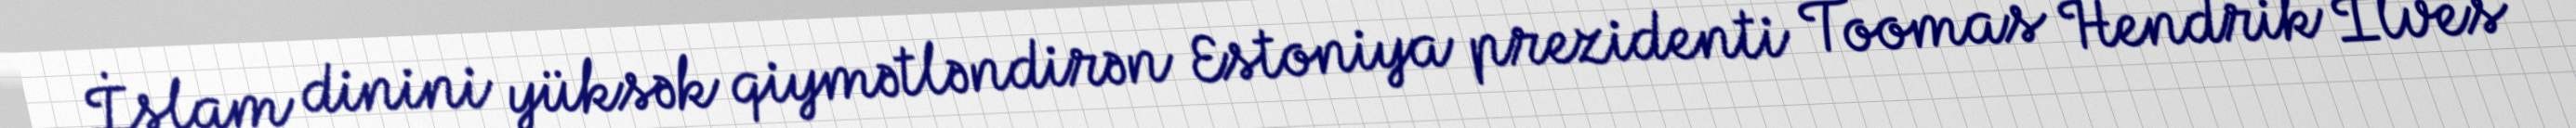
İslam dinini yüksək qiymətləndirən Estoniya prezidenti Toomas Hendrik İlves